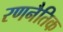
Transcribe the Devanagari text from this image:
रणनैतिक